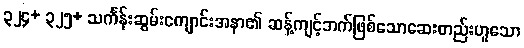
၃၂၄+ ၃၂၅+ သင်္ကန်းဆွမ်းကျောင်းအနာ၏ ဆန့်ကျင့်ဘက်ဖြစ်သောဆေးတည်းဟူသော